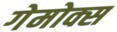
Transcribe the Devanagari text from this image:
गेमोक्स